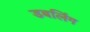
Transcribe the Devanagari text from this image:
डबलिंग